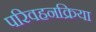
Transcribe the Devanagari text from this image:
परिवहनक्रिया